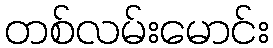
တစ်လမ်းမောင်း